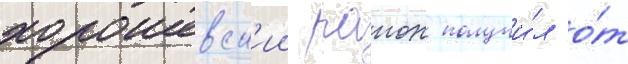
хорошевск'ии раион получи́л о́т